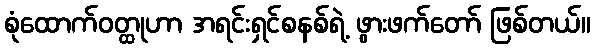
စုံထောက်ဝတ္ထုဟာ အရင်းရှင်စနစ်ရဲ့ ဖွားဖက်တော် ဖြစ်တယ်။